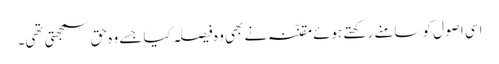
اسی اصول کو سامنے رکھتے ہوئے مقنّنہ نے بھی وہ فیصلہ کیا جسے وہ حق سمجھتی تھی۔